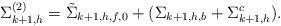
LaTeX: \begin{align*} \Sigma_{k+1,h}^{(2)} = \tilde{\Sigma}_{k+1,h,f,0} + (\Sigma_{k+1,h,b}+ \Sigma_{k+1,h}^c).\end{align*}